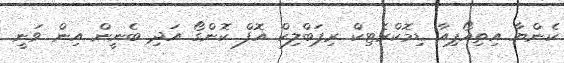
ކެންޔާ އިތިއޯޕިއާ ޑިމޮކްރެޓިކް ރިޕަބްލިކް އޮފް ކޮންގޯ އަދި ބެނީން އިން ވަނީ